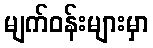
မျက်ဝန်းများမှာ